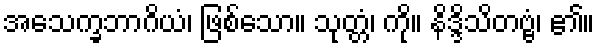
အသေက္ခဘာဂိယံ၊ ဖြစ်သော။ သုတ္တံ၊ ကို။ နိဒ္ဒိသိတဗ္ဗံ၊ ၏။